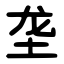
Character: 垄